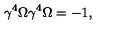
\gamma ^ { 4 } \Omega \gamma ^ { 4 } \Omega = - 1 ,